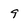
Character: 9